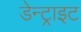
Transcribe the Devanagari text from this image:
डेन्ट्राइट